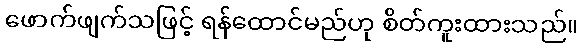
ဖောက်ဖျက်သဖြင့် ရန်ထောင်မည်ဟု စိတ်ကူးထားသည်။